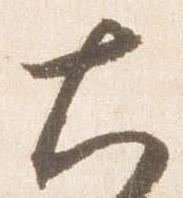
大